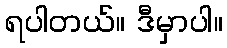
ရပါတယ်။ ဒီမှာပါ။